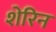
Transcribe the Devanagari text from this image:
शेरिन